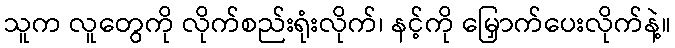
သူက လူတွေကို လိုက်စည်းရုံးလိုက်၊ နင့်ကို မြှောက်ပေးလိုက်နဲ့။